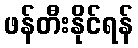
ဖန်တီးနိုင်ရန်